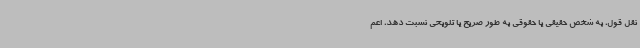
نقل قول، به شخص حقیقی یا حقوقی به طور صریح یا تلویحی نسبت دهد، اعم